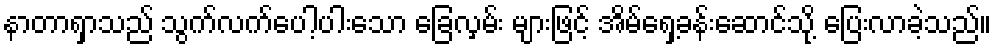
နာတာရှာသည် သွက်လက်ပေါ့ပါးသော ခြေလှမ်း များဖြင့် အိမ်ရှေ့ခန်းဆောင်သို့ ပြေးလာခဲ့သည်။